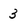
Character: 3